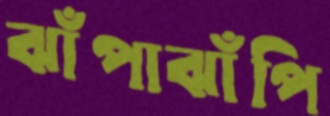
ঝাঁপাঝাঁপি